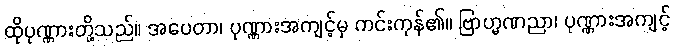
ထိုပုဏ္ဏားတို့သည်။ အပေတာ၊ ပုဏ္ဏားအကျင့်မှ ကင်းကုန်၏။ ဗြာဟ္မဏညာ၊ ပုဏ္ဏားအကျင့်